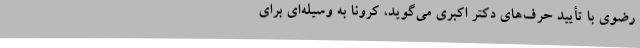
رضوی با تأیید حرف‌های دکتر اکبری می‌گوید، کرونا به وسیله‌ای برای